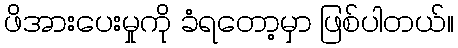
ဖိအားပေးမှုကို ခံရတော့မှာ ဖြစ်ပါတယ်။